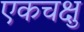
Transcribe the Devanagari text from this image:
एकचक्षु